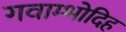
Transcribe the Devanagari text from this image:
गवाम्भोदिह